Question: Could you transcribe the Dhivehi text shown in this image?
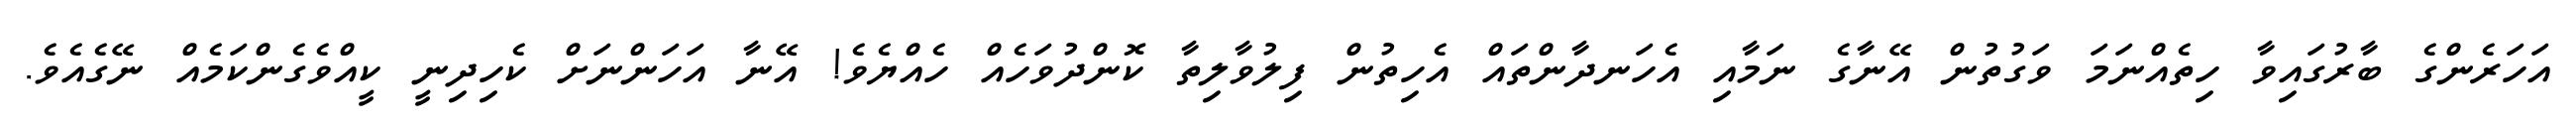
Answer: އަހަރެންގެ ބާރުގައިވާ ހިތެއްނަމަ ވަގުތުން އޭނާގެ ނަމާއި އެހަނދާންތައް އެހިތުން ފިލުވާލިތާ ކޮންދުވަހެއް ހެއްޔެވެ! އޭނާ އަހަންނަށް ކެހިދިނީ ކީއްވެގެންކަމެއް ނޭގެއެވެ.